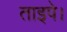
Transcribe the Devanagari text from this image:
ताइपे।